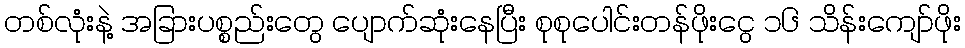
တစ်လုံးနဲ့ အခြားပစ္စည်းတွေ ပျောက်ဆုံးနေပြီး စုစုပေါင်းတန်ဖိုးငွေ ၁၆ သိန်းကျော်ဖိုး